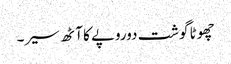
چھوٹا گوشت دوروپے کا آٹھ سیر۔